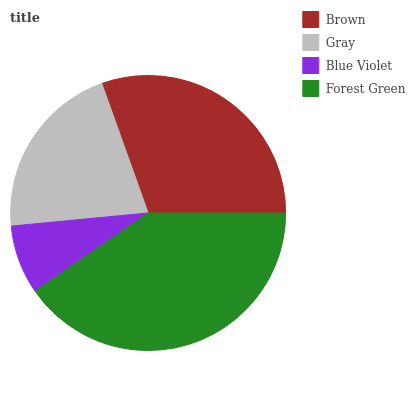
| Brown | Gray | Blue Violet | Forest Green |
 | --- | --- | --- | --- |
 | 30.4% | 21% | 8.12% | 40.4% |